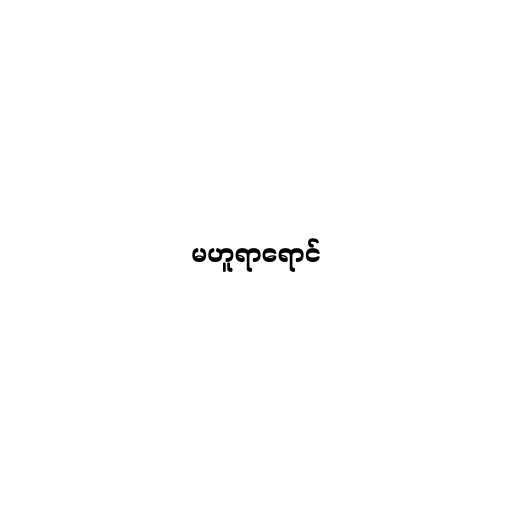
မဟူရာရောင်